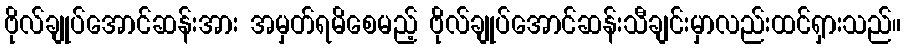
ဗိုလ်ချုပ်အောင်ဆန်းအား အမှတ်ရမိစေမည့် ဗိုလ်ချုပ်အောင်ဆန်းသီချင်းမှာလည်းထင်ရှားသည်။